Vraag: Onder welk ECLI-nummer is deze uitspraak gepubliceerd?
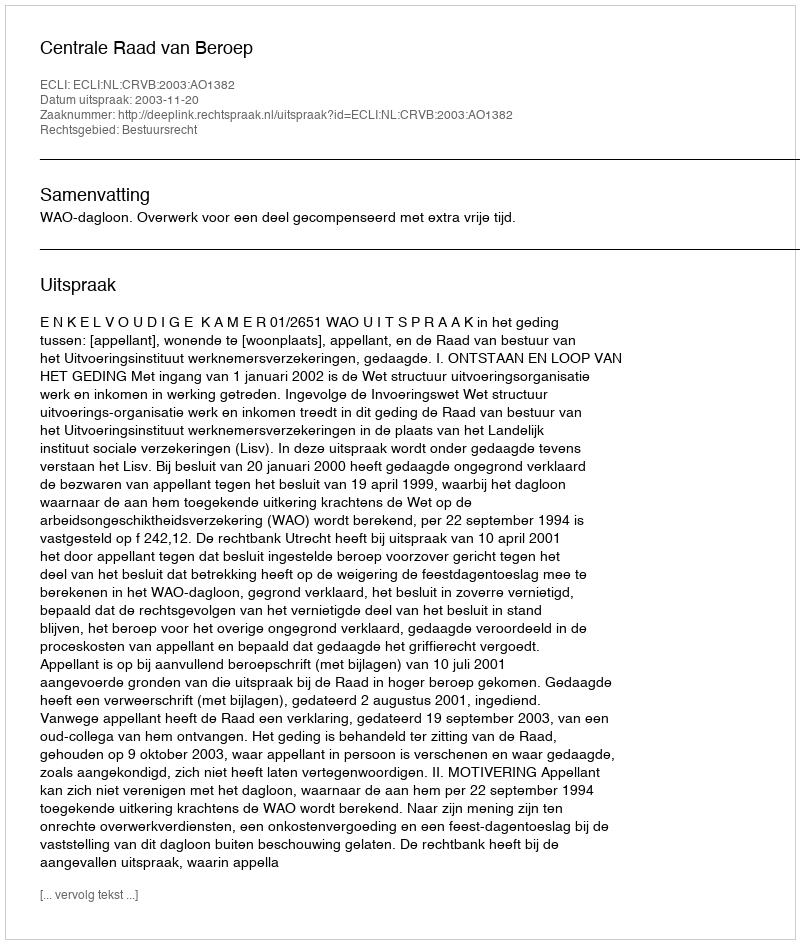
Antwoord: ECLI:NL:CRVB:2003:AO1382